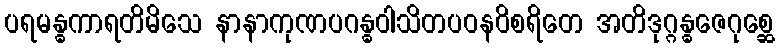
ပရမန္ဓကာရတိမိသေ နာနာကုဏပဂန္ဓဝါသိတပဝနဝိစရိတေ အတိဒုဂ္ဂန္ဓဇေဂုစ္ဆေ